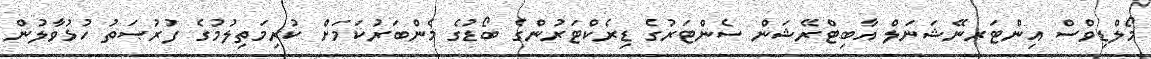
މޯލްޑިވްސް އިންޓަރނޭޝަނަލް އާބިޓްރޭޝަން ސެންޓަރުގެ ޑިރެކްޓަރުންގެ ބޯޑުގެ މެންބަރުކަމަށް ކުރިމަތިލުމުގެ ފުރުޞަތު ހުޅުވާލުން